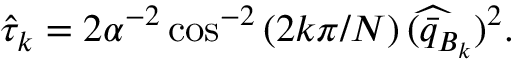
\hat { \tau } _ { k } = 2 \alpha ^ { - 2 } \cos ^ { - 2 } \left( 2 k \pi / N \right) ( \widehat { \bar { q } _ { B _ { k } } } ) ^ { 2 } .